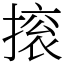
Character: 㨰